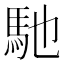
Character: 馳